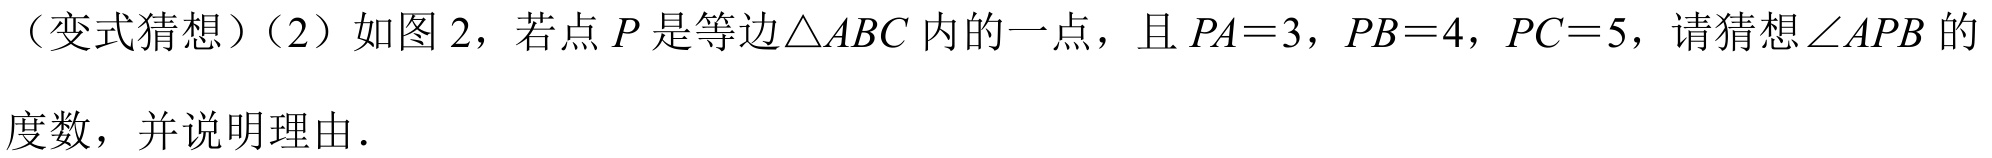
（变式猜想）（2）如图 2，若点 \(P\)是等边\(\triangle ABC\)内的一点，且 \(PA = 3\)，\(PB = 4\)，\(PC = 5\)，请猜想\(\angle APB\)的
度数，并说明理由.